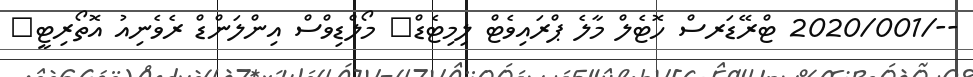
--/2020/001 ޓްރޭޑަރސް ހޮޓެލް މާލެ ޕްރައިވެޓް ލިމިޓެޑް	 މޯލްޑިވްސް އިންލަންޑް ރެވެނިއު އޮތޯރިޓީ